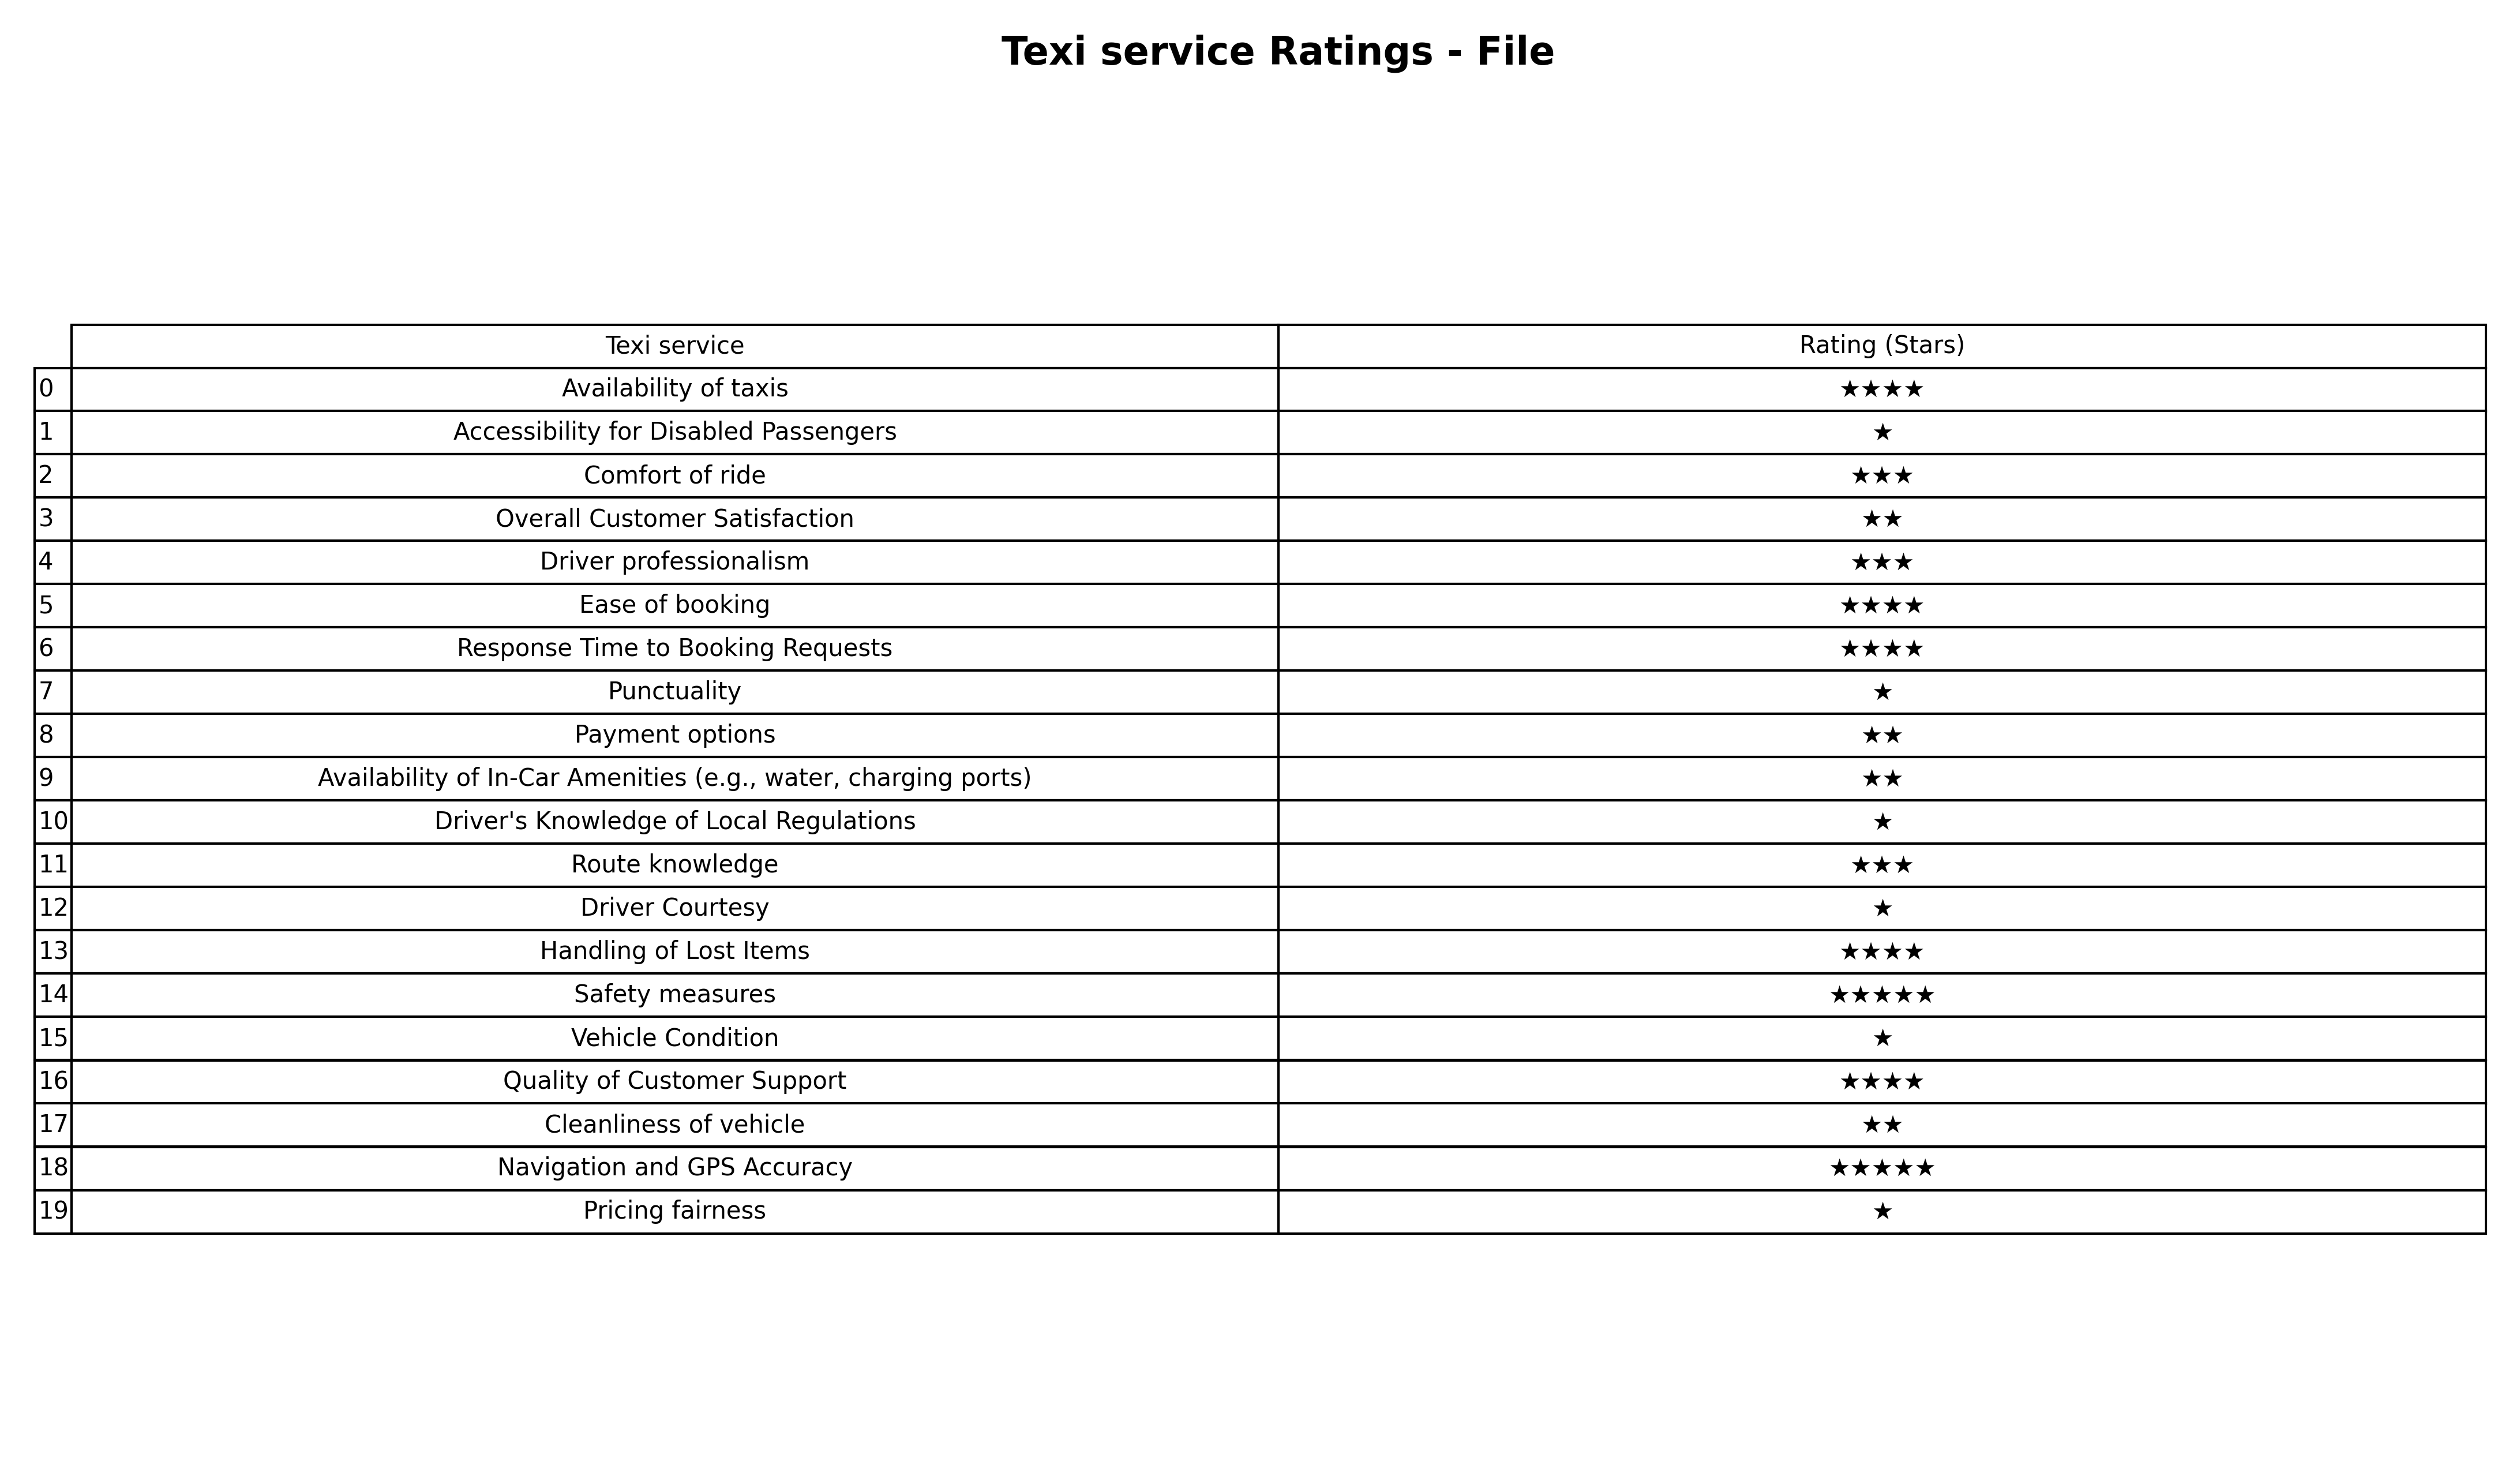
question: What is the rating of Ease of booking?
answer: ★★★★